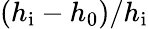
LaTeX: (h_{\mathrm{i}}-h_{0})/h_{\mathrm{i}}